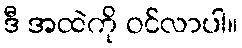
ဒီ အထဲကို ဝင်လာပါ။